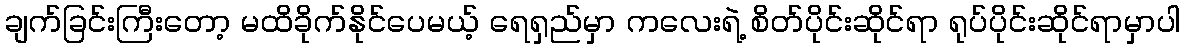
ချက်ခြင်းကြီးတော့ မထိခိုက်နိုင်ပေမယ့် ရေရှည်မှာ ကလေးရဲ့ စိတ်ပိုင်းဆိုင်ရာ ရုပ်ပိုင်းဆိုင်ရာမှာပါ